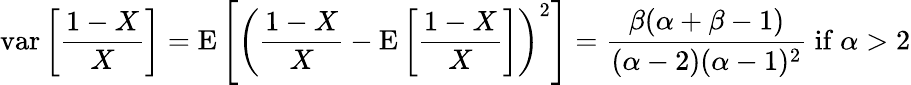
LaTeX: \operatorname{var}\left[{\frac{1-X}{X}}\right]=\operatorname{E}\left[\left({\frac{1-X}{X}}-\operatorname{E}\left[{\frac{1-X}{X}}\right]\right)^{2}\right]={\frac{\beta(\alpha+\beta-1)}{(\alpha-2)(\alpha-1)^{2}}}{\mathrm{~if~}}\alpha>2